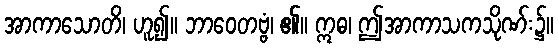
အာကာသောတိ၊ ဟူ၍။ ဘာဝေတဗ္ဗံ၊ ၏။ ဣဓ၊ ဤအာကာသကသိုဏ်း၌။